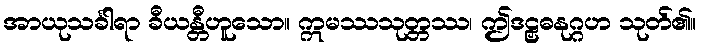
အာယုသင်္ခါရာ ခီယန္တီဟူသော။ ဣမဿသုတ္တဿ၊ ဤဒဠှဓနုဂ္ဂဟ သုတ်၏။